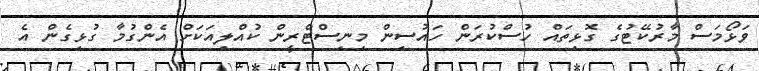
ވަޅޯމަސް މާރުކޭޓުގެ ގޮޅިތައް ހުސްކުރަން ހައުސިން މިނިސްޓްރީން ކުއްލިއަކަށް އެންގުމާ ގުޅިގެން އެ